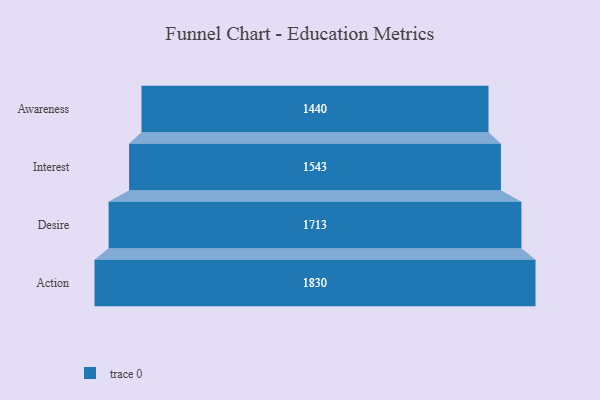
{"axis": {"x": "Stage", "y": "Value"}, "legend": [""], "data": [{"x": "Awareness", "y": 1440.0, "type": ""}, {"x": "Interest", "y": 1543.0, "type": ""}, {"x": "Desire", "y": 1713.0, "type": ""}, {"x": "Action", "y": 1830.0, "type": ""}]}